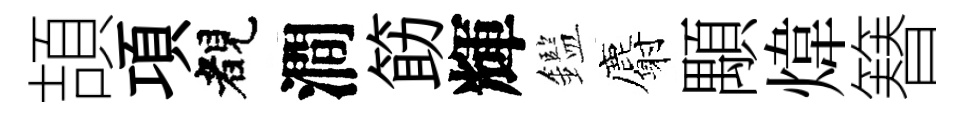
頡項睹澗筯輝鑑麝顒煒簮